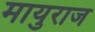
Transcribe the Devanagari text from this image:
मायुराज